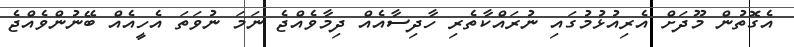
އެގޮތުން މޫދަށް އެރިއުޅުމުގައި ނުރައްކާތެރި ހާދިސާއެއް ދިމާވެއްޖެ ނަމަ ނުވަތަ އެހީއެއް ބޭނުންވެއްޖެ